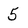
Character: 5